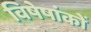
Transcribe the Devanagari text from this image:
विषेषांकों